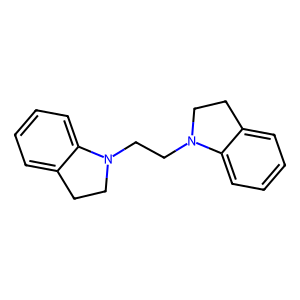
SMILES: c1ccc2c(c1)CCN2CCN1CCc2ccccc21
Inhibits HIV replication: No